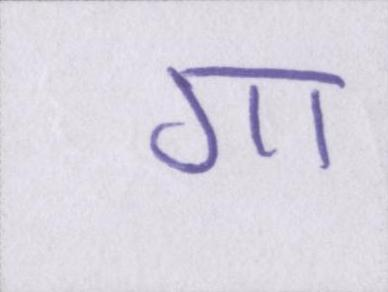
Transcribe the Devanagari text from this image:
गा